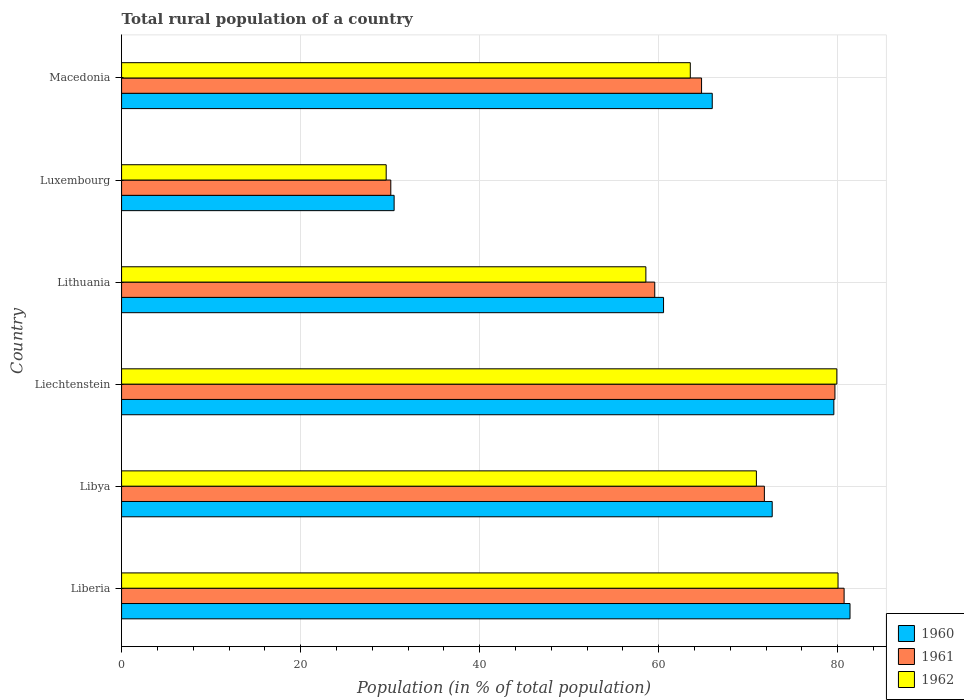
| Country | 1960 | 1961 | 1962 |
 | --- | --- | --- | --- |
 | Liberia | 81.4 | 80.7 | 80 |
 | Libya | 72.7 | 71.8 | 70.9 |
 | Liechtenstein | 79.6 | 79.7 | 79.9 |
 | Lithuania | 60.5 | 59.6 | 58.6 |
 | Luxembourg | 30.4 | 30.1 | 29.6 |
 | Macedonia | 66 | 64.8 | 63.5 |